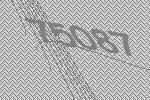
75087